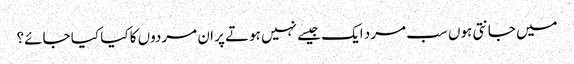
میں جانتی ہوں سب مرد ایک جیسے نہیں ہوتے پر ان مردوں کا کیا کیا جائے؟